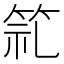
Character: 𮅍